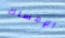
الإمساك